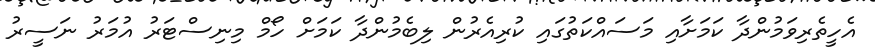
އެހީތެރިވަމުންދާ ކަަމަށާއި މަސައްކަތުގައި ކުރިއެރުން ލިބެމުންދާ ކަމަށް ހޯމް މިނިސްޓަރު އުމަރު ނަސީރު